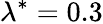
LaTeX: \lambda^{*}=0.3